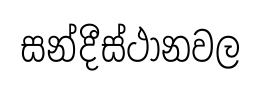
සන්දීස්ථානවල